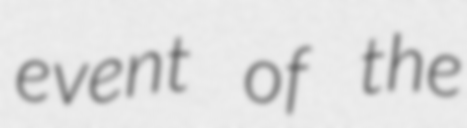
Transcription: event of the